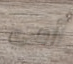
أمي